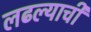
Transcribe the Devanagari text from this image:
लढल्याची